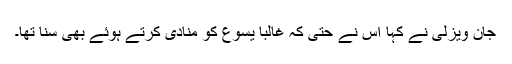
جان ویزلی نے کہا اُس نے حتیٰ کہ غالباً یسوع کو منادی کرتے ہوئے بھی سُنا تھا۔